Investigations into the jail dietaries of the United Provinces with some observations on the influence of dietary on the physical development and well-being of the people of the United Provinces - Number 48
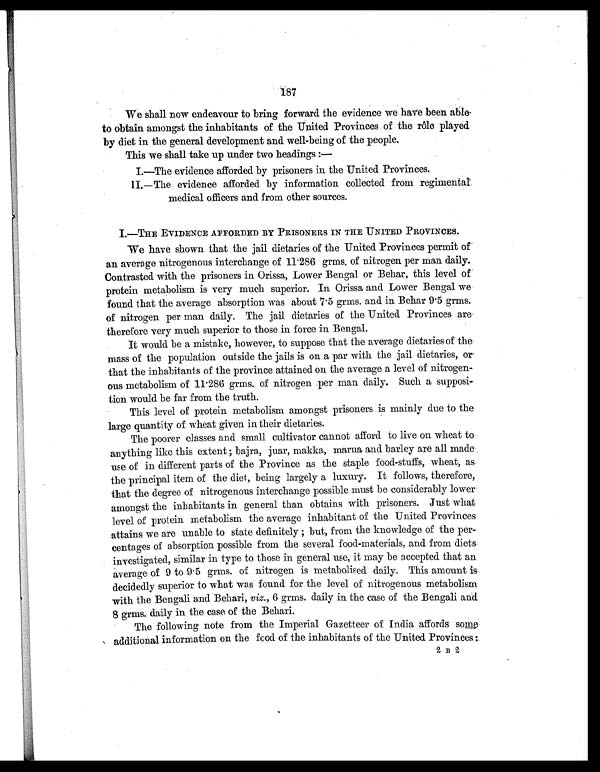
187
We shall now endeavour to bring forward the evidence we have been able
to obtain amongst the inhabitants of the United Provinces of the rôle played
by diet in the general development and well-being of the people.
This we shall take up under two headings :
—
I.—The evidence afforded by prisoners in the United Provinces.
II.—The evidence afforded by information collected from regimental
medical officers and from o
ther sources.
I.—
THE EVIDENCE AFFORDED BY PRISONERS IN THE UNITED PROVINCES.
We have shown that the jail dietaries of the United Provinces permit of
an average nitrogenous interchange of 11.286 grms. of nitrogen per man daily.
Contrasted with the prisoners in Orissa, Lower Bengal or Behar, this level of
protein metabolism is very much superior. In Orissa and Lower Bengal we
found that the average absorption was about 7.5 grms. and in Behar 9.5 grms.
of nitrogen per man daily. The jail dietaries of the United Provinces are
therefore very much superior to those in force in Bengal.
It would be a mistake, however, to suppose that the average dietaries of the
mass of the population outside the jails is on a par with the jail dietaries, or
that the inhabitants of the province attained on the average a level of nitrogen-
ous metabolism of 11.286 grms. of nitrogen per man daily. Such a supposi-
tion would be far from the truth.
This level of protein metabolism amongst prisoners is mainly due to the
large quantity of wheat given in their dietaries.
The poorer classes and small cultivator cannot afford to live on wheat to
anything like this extent ; bajra , juar, makka, ma
r
ua and barley are all made
use of in different parts of the Province as the staple food-stuffs, wheat, as
the principal item of the diet, being largely a luxury. It follows, therefore,
that the degree of nitrogenous interchange possible must be considerably lower
amongst the inhabitants in general than obtains with prisoners. Just what
level of protein metabolism the average inhabitant of the United Provinces
attains we are unable to state definitely ; but, from the knowledge of the per-
centages of absorption possible from the several food-materials, and from diets
investigated, similar in type to those in general use, it may be accepted that an
average of 9 to 9.5 grms. of nitrogen is metabolised daily. This amount is
decidedly superior to what was found for the level of nitrogenous metabolism
with the Bengali and Behari, viz., 6 grms. daily in the case of the Bengali and
8 grms. daily in the case of the Beha
ri.
The following note from the Imperial Gazetteer of India affords some
additional information on the food of the inhabitants of the United Provinces :
2 B 2